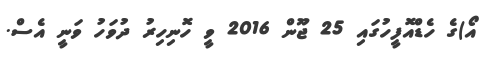
އޯ)ގެ ހެޑްއޮފީހުގައި 25 ޖޫން 2016 ވީ ހޮނިހިރު ދުވަހު ވަނީ އެސް.